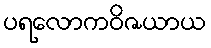
ပရလောကဝိဇယာယ